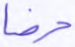
حرضا